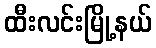
ထီးလင်းမြို့နယ်